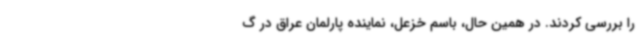
را بررسی کردند. در همین حال، باسم خزعل، نماینده پارلمان عراق در گ